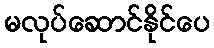
မလုပ်ဆောင်နိုင်ပေ